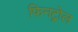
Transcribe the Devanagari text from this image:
फिनट्रोल